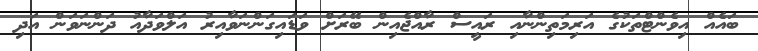
ބައެއް އިވެންޓްތަކުގެ އަރިމަތިންނާއި ރައީސް ރާއްޖެއިން ބޭރަށް ވަޑައިގަންނަވާއިރު އަލްވަދާއު ދަންނަވަން އަދި